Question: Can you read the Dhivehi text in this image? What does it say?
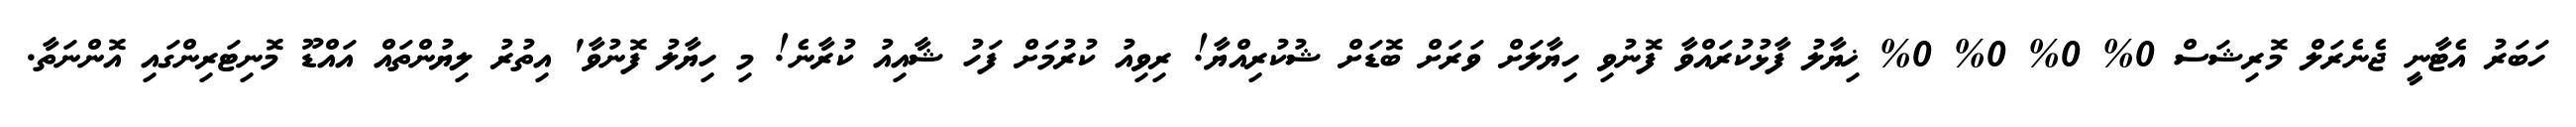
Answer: ހަބަރު އެޓާނީ ޖެނެރަލް މޮރިޝަސް 0% 0% 0% 0% ޚިޔާލު ފާޅުކުރައްވާ ފޮނުވި ހިޔާލަށް ވަރަށް ބޮޑަށް ޝުކުރިއްޔާ! ރިވިއު ކުރުމަށް ފަހު ޝާއިއު ކުރާނެ! މި ހިޔާލު ފޮނުވާ' އިތުރު ލިޔުންތައް އައްޑޫ މޮނިޓަރިންގައި އޮންނަތާ.